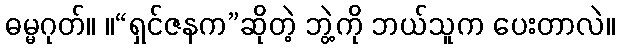
ဓမ္မဂုတ်။ ။“ရှင်ဇနက”ဆိုတဲ့ ဘွဲ့ကို ဘယ်သူက ပေးတာလဲ။